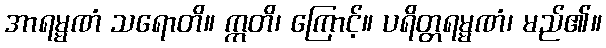
အာရမ္မဏံ သရောတိ။ ဣတိ၊ ကြောင့်။ ပရိတ္တရမ္မဏံ၊ မည်၏။